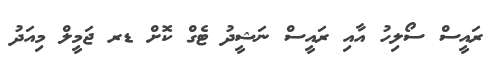
ރައީސް ސޯލިހު އާއި ރައީސް ނަޝީދު ޓެގް ކޮށް ޑރ ޖަމީލް މިއަދު